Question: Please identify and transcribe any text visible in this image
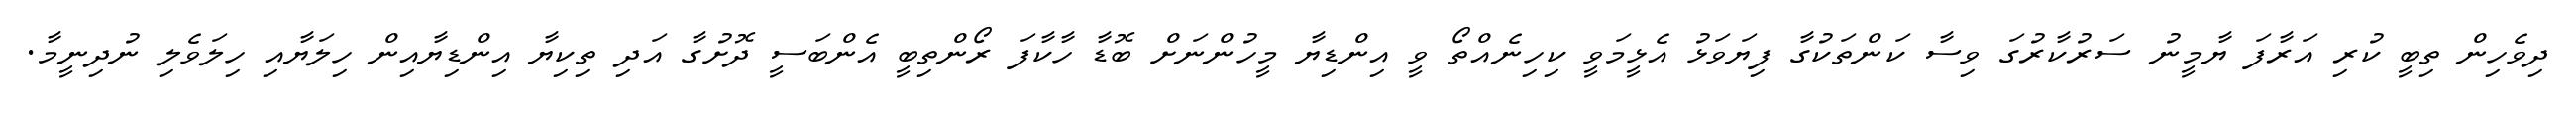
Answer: ދިވެހިން ތިބީ ކުރި އަރާފަ ޔާމީނު ސަރުކާރުގަ ވިސާ ކަންތަކުގާ ފިޔަވަޅު އެޅީމަވީ ކިހިނެއްތޯ ވީ އިންޑިޔާ މީހުންނަށް ބޮޑާ ހާކާފަ ރޯންތިބީ އެންބަސީ ދޮށުގާ އަދި ތިކިޔާ އިންޑިޔާއިން ހިލަޔާއި ހިލަވެލި ނުދިނީމާ.